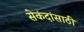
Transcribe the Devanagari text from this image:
सेकंदांसाठी